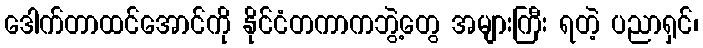
ဒေါက်တာထင်အောင်ကို နိုင်ငံတကာကဘွဲ့တွေ အများကြီး ရတဲ့ ပညာရှင်၊